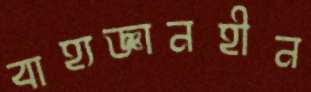
বাহ্যজ্ঞানহীন